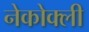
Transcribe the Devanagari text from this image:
नेकोक्ली